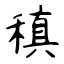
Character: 稹